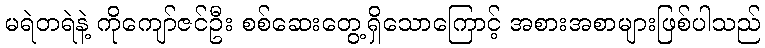
မရဲတရဲနဲ့ ကိုကျော်ဇင်ဦး စစ်ဆေးတွေ့ရှိသောကြောင့် အစားအစာများဖြစ်ပါသည်